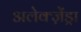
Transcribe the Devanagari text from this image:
अलेक्ज़ेंड्रा